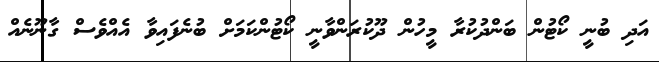
އަދި ބުނީ ކޯޓުން ބަންދުކުރާ މީހުން ދޫކުރަންވާނީ ކޯޓުންކަމަށް ބުނެފައިވާ އެއްވެސް ގާނޫނެއް